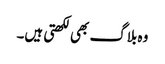
وہ بلاگ بھی لکھتی ہیں۔